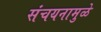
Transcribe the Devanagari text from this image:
संचयनामुळे